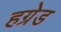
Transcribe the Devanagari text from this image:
हग्रेड